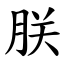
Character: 朕